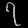
Digit: ၇